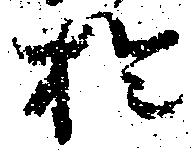
於